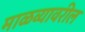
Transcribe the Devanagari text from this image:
माळव्यावरील